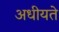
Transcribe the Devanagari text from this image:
अधीयते